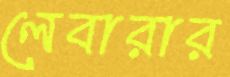
লেবারার